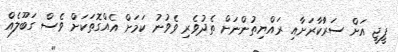
ޕީޖީ އަށް ސަރުާކާރަށާއި ރައްޔިތުންނަށް ތެދުވެރި ވެވުނު ކަމަށް އެއްގޮތަކަށް ވެސް ގަބޫލެއް